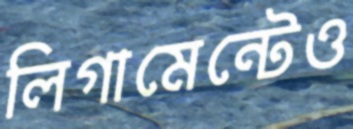
লিগামেন্টেও